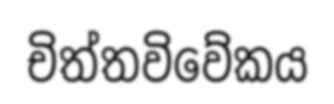
චිත්තවිවේකය